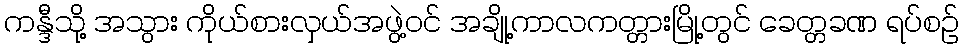
ကန္ဒီသို့ အသွား ကိုယ်စားလှယ်အဖွဲ့ဝင် အချို့ကာလကတ္တားမြို့တွင် ခေတ္တခဏ ရပ်စဉ်